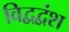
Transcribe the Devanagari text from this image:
विद्वद्वंश